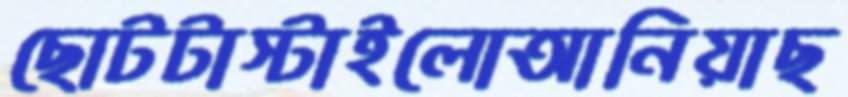
ছোটটাস্টাইলোআনিয়াছ